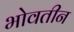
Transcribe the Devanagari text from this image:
भोवतीन